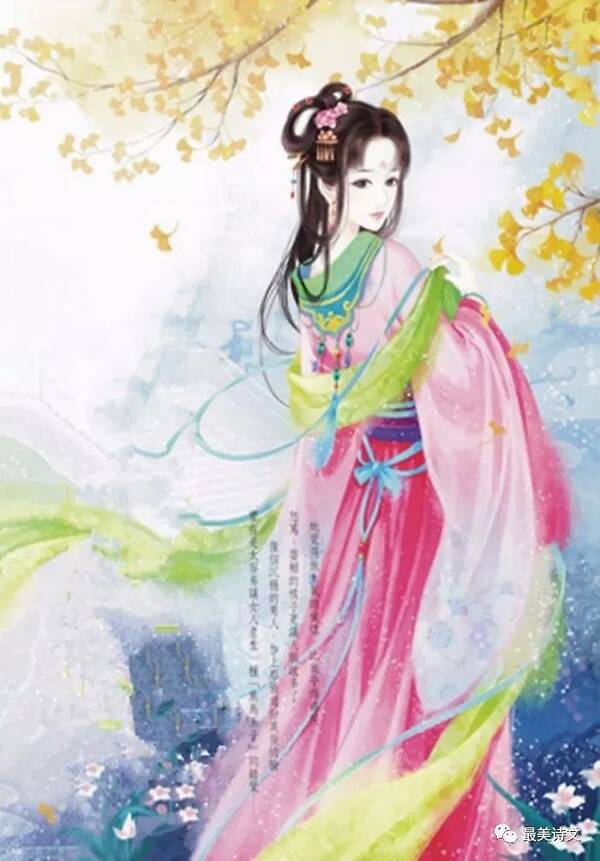
歌泣不成天已暮，悲风日夜起江生。